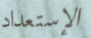
الإستعداد